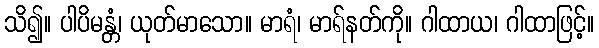
သိ၍။ ပါပိမန္တံ၊ ယုတ်မာသော။ မာရံ၊ မာရ်နတ်ကို။ ဂါထာယ၊ ဂါထာဖြင့်။